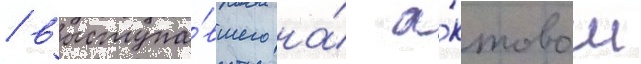
/ выступа́вшего на́ а́ктовом